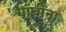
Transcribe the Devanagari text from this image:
गांघींना